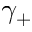
\gamma _ { + }